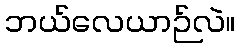
ဘယ်လေယာဉ်လဲ။